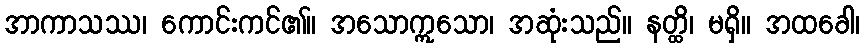
အာကာသဿ၊ ကောင်းကင်၏။ အသောဣသော၊ အဆုံးသည်။ နတ္ထိ၊ မရှိ။ အထခေါ၊